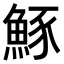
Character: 𫙠